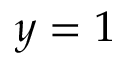
y = 1